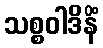
သစ္စဝါဒိနိံ